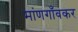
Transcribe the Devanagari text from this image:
मांणगाँवकर